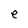
Character: e